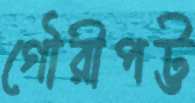
গৌরীপট্ট